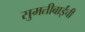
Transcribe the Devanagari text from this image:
सुमतीबाईंची